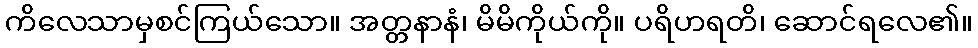
ကိလေသာမှစင်ကြယ်သော။ အတ္တနာနံ၊ မိမိကိုယ်ကို။ ပရိဟရတိ၊ ဆောင်ရလေ၏။